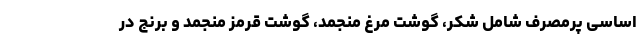
اساسی پرمصرف شامل شکر، گوشت مرغ منجمد، گوشت قرمز منجمد و برنج در